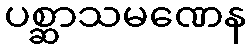
ပစ္ဆာသမဏေန